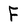
Character: F